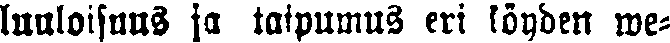
luuloisuus ja taipumus eri köyden we-